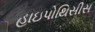
હાઇપોથિસીસ